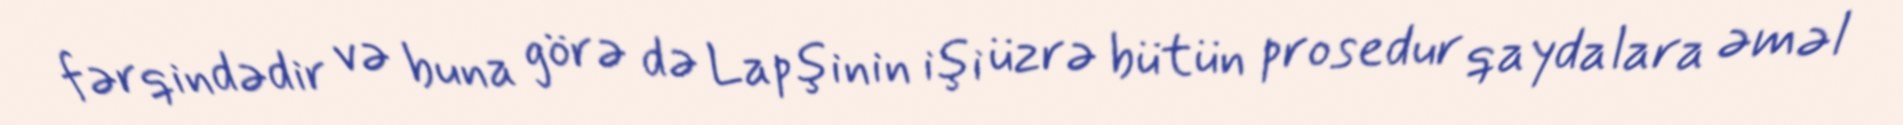
fərqindədir və buna görə də Lapşinin işi üzrə bütün prosedur qaydalara əməl